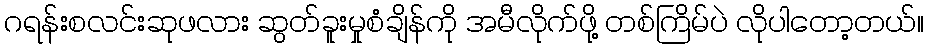
ဂရန်းစလင်းဆုဖလား ဆွတ်ခူးမှုစံချိန်ကို အမီလိုက်ဖို့ တစ်ကြိမ်ပဲ လိုပါတော့တယ်။